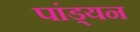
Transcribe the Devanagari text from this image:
पांड्यन